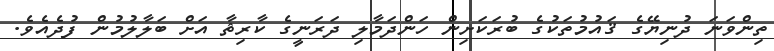
ތިންވަނަ ދުނިޔޭގެ ޤައުމުތަކުގެ ބުރަކަށިން ހަންދަމާލި ދަރަނީގެ ކާރިޘާ އަށް ބަލާލުމުން ފުދެއެވެ.